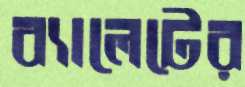
ব্যালেটের